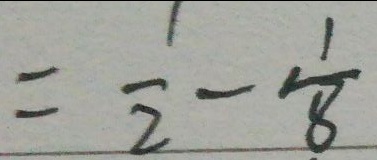
= \frac { 1 } { 2 } - \frac { 1 } { 8 }